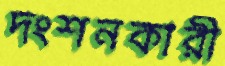
দংশনকারী